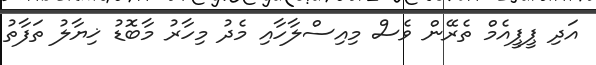
އަދި ޕީޕީއެމް ތެރޭން ވެސް މިއިސްލާހާއި މެދު މިހާރު މާބޮޑު ޚިޔާލު ތަފާތު